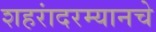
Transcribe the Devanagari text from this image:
शहरांदरम्यानचे